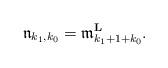
LaTeX: \begin{align*} \mathfrak{n}_{k_1,k_0} = \mathfrak{m}^{\mathbf{L}}_{k_1+1+k_0}.\end{align*}